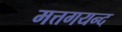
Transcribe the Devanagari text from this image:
मत्तगयन्द